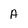
Character: A